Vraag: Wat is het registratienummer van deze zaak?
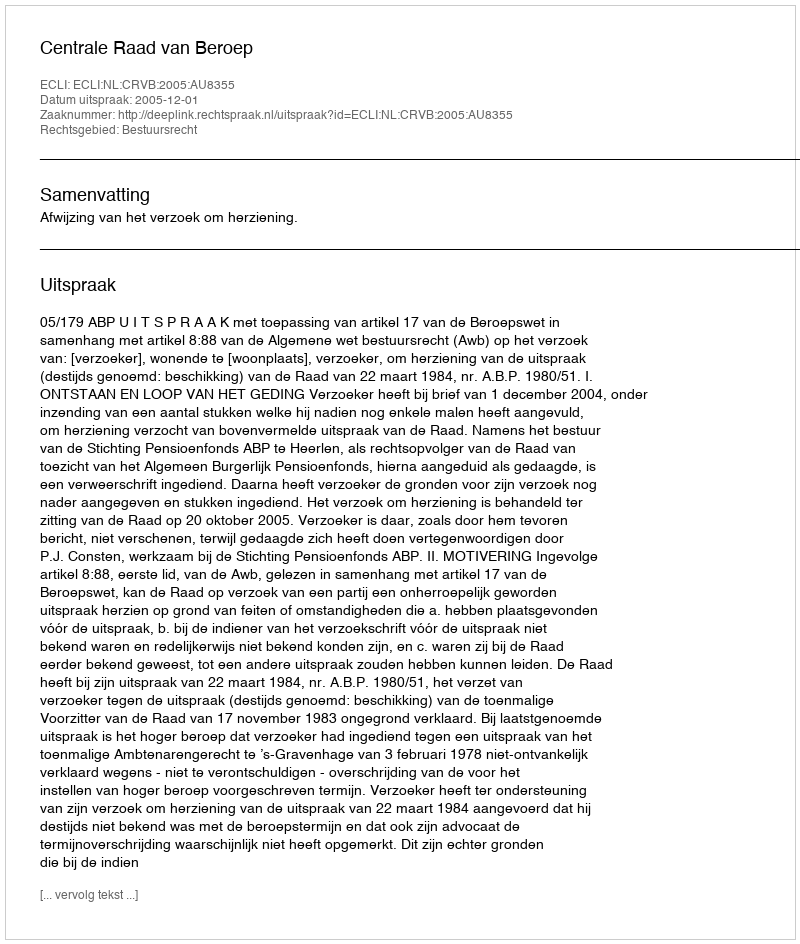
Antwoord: http://deeplink.rechtspraak.nl/uitspraak?id=ECLI:NL:CRVB:2005:AU8355